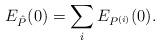
LaTeX: \begin{align*} E_{\hat{P}}(0) = \sum_{i} E_{P^{(i)}}(0). \end{align*}